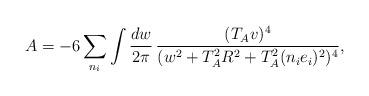
LaTeX: \begin{align*}A= - 6 \sum_{n_i} \int \frac{dw}{2\pi} \, \frac{(T_A v)^4}{(w^2 + T_A^2 R^2 + T^2_A (n_i e_i)^2 )^4},\end{align*}